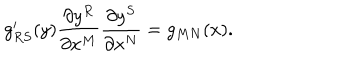
g _ { R S } ^ { \prime } ( y ) \frac { \partial y ^ { R } } { \partial x ^ { M } } \frac { \partial y ^ { S } } { \partial x ^ { N } } = g _ { M N } ( x ) .